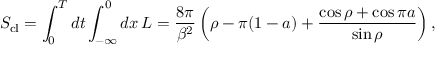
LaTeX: S _ { \mathrm { c l } } = \int _ { 0 } ^ { T } d t \int _ { - \infty } ^ { 0 } d x \, { \cal L } = \frac { 8 \pi } { \beta ^ { 2 } } \left( \rho - \pi ( 1 - a ) + \frac { \cos \rho + \cos \pi a } { \sin \rho } \right) ,